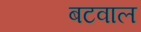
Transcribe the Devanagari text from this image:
बटवाल